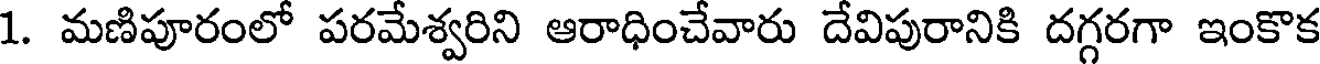
1. మణిపూరంలో పరమేశ్వరిని ఆరాధించేవారు దేవిపురానికి దగ్గరగా ఇంకొక